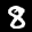
Label: 8